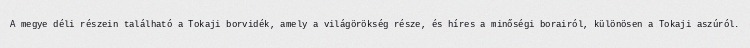
A megye déli részein található a Tokaji borvidék, amely a világörökség része, és híres a minőségi borairól, különösen a Tokaji aszúról.